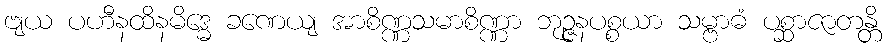
ဗျယ ပဟီနထိနမိဒ္ဓေ ခဏေယျ အာစိဏ္ဏသမာစိဏ္ဏာ ဘုဉ္ဇနပစ္စယာ သမ္ဗာဓံ ပစ္ဆာဇာတန္တိ